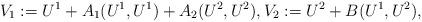
LaTeX: \begin{align*}V_{1} := U^{1} + A_{1} (U^{1}, U^{1}) + A_{2} (U^{2}, U^{2}), V_{2} := U^{2} + B(U^{1}, U^{2}),\end{align*}